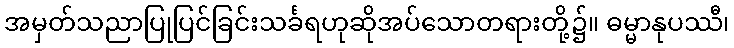
အမှတ်သညာပြုပြင်ခြင်းသင်္ခရဟုဆိုအပ်သောတရားတို့၌။ ဓမ္မာနုပဿီ၊